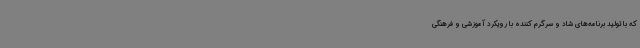
که با تولید برنامه‌های شاد و سرگرم کننده با رویکرد آموزشی و فرهنگی